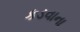
કડવાના